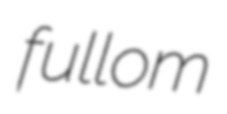
fullom